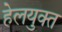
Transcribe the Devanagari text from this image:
हेलयुक्त